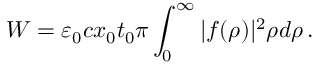
W = \varepsilon _ { 0 } c x _ { 0 } t _ { 0 } \pi \int _ { 0 } ^ { \infty } | f ( \rho ) | ^ { 2 } \rho d \rho \, .